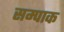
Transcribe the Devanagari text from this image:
सम्पाक